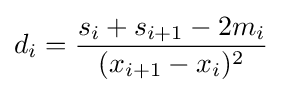
d_{i}={\frac {s_{i}+s_{i+1}-2m_{i}}{(x_{i+1}-x_{i})^{2}}}